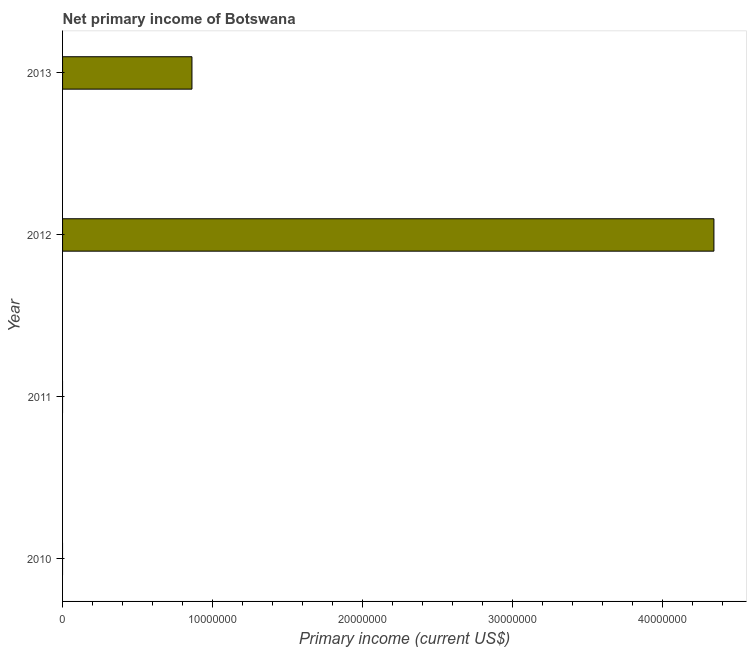
| Year | Net primary income |
 | --- | --- |
 | 2010 | -5.5e+08 |
 | 2011 | -1.13e+08 |
 | 2012 | 4.35e+07 |
 | 2013 | 8.63e+06 |